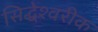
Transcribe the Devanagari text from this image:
सिद्धेश्‍वरीक